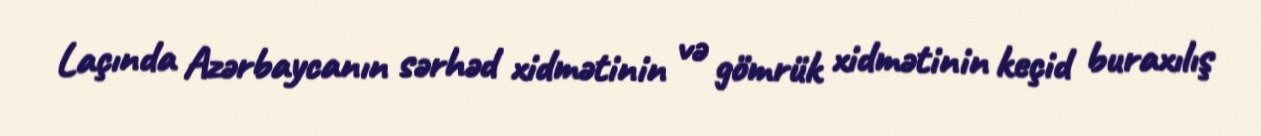
Laçında Azərbaycanın sərhəd xidmətinin və gömrük xidmətinin keçid buraxılış